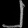
Digit: ၂